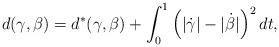
LaTeX: \begin{align*}d(\gamma,\beta) = d^{\ast}(\gamma,\beta)+ \int_{0}^{1}\left(|\dot\gamma|-|\dot{\beta}|\right)^{2}dt,\end{align*}